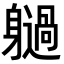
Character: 𨊐